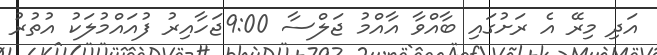
އަދި މިރޭ އެ ރަށުގައި ބާއްވާ އާއްމު ޖަލްސާ 9:00ޖަހާއިރު ފުއައްމުލަކު އުތުރު